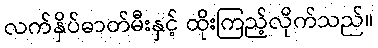
လက်နှိပ်ဓာတ်မီးနှင့် ထိုးကြည့်လိုက်သည်။